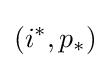
(i^{*},p_{*})